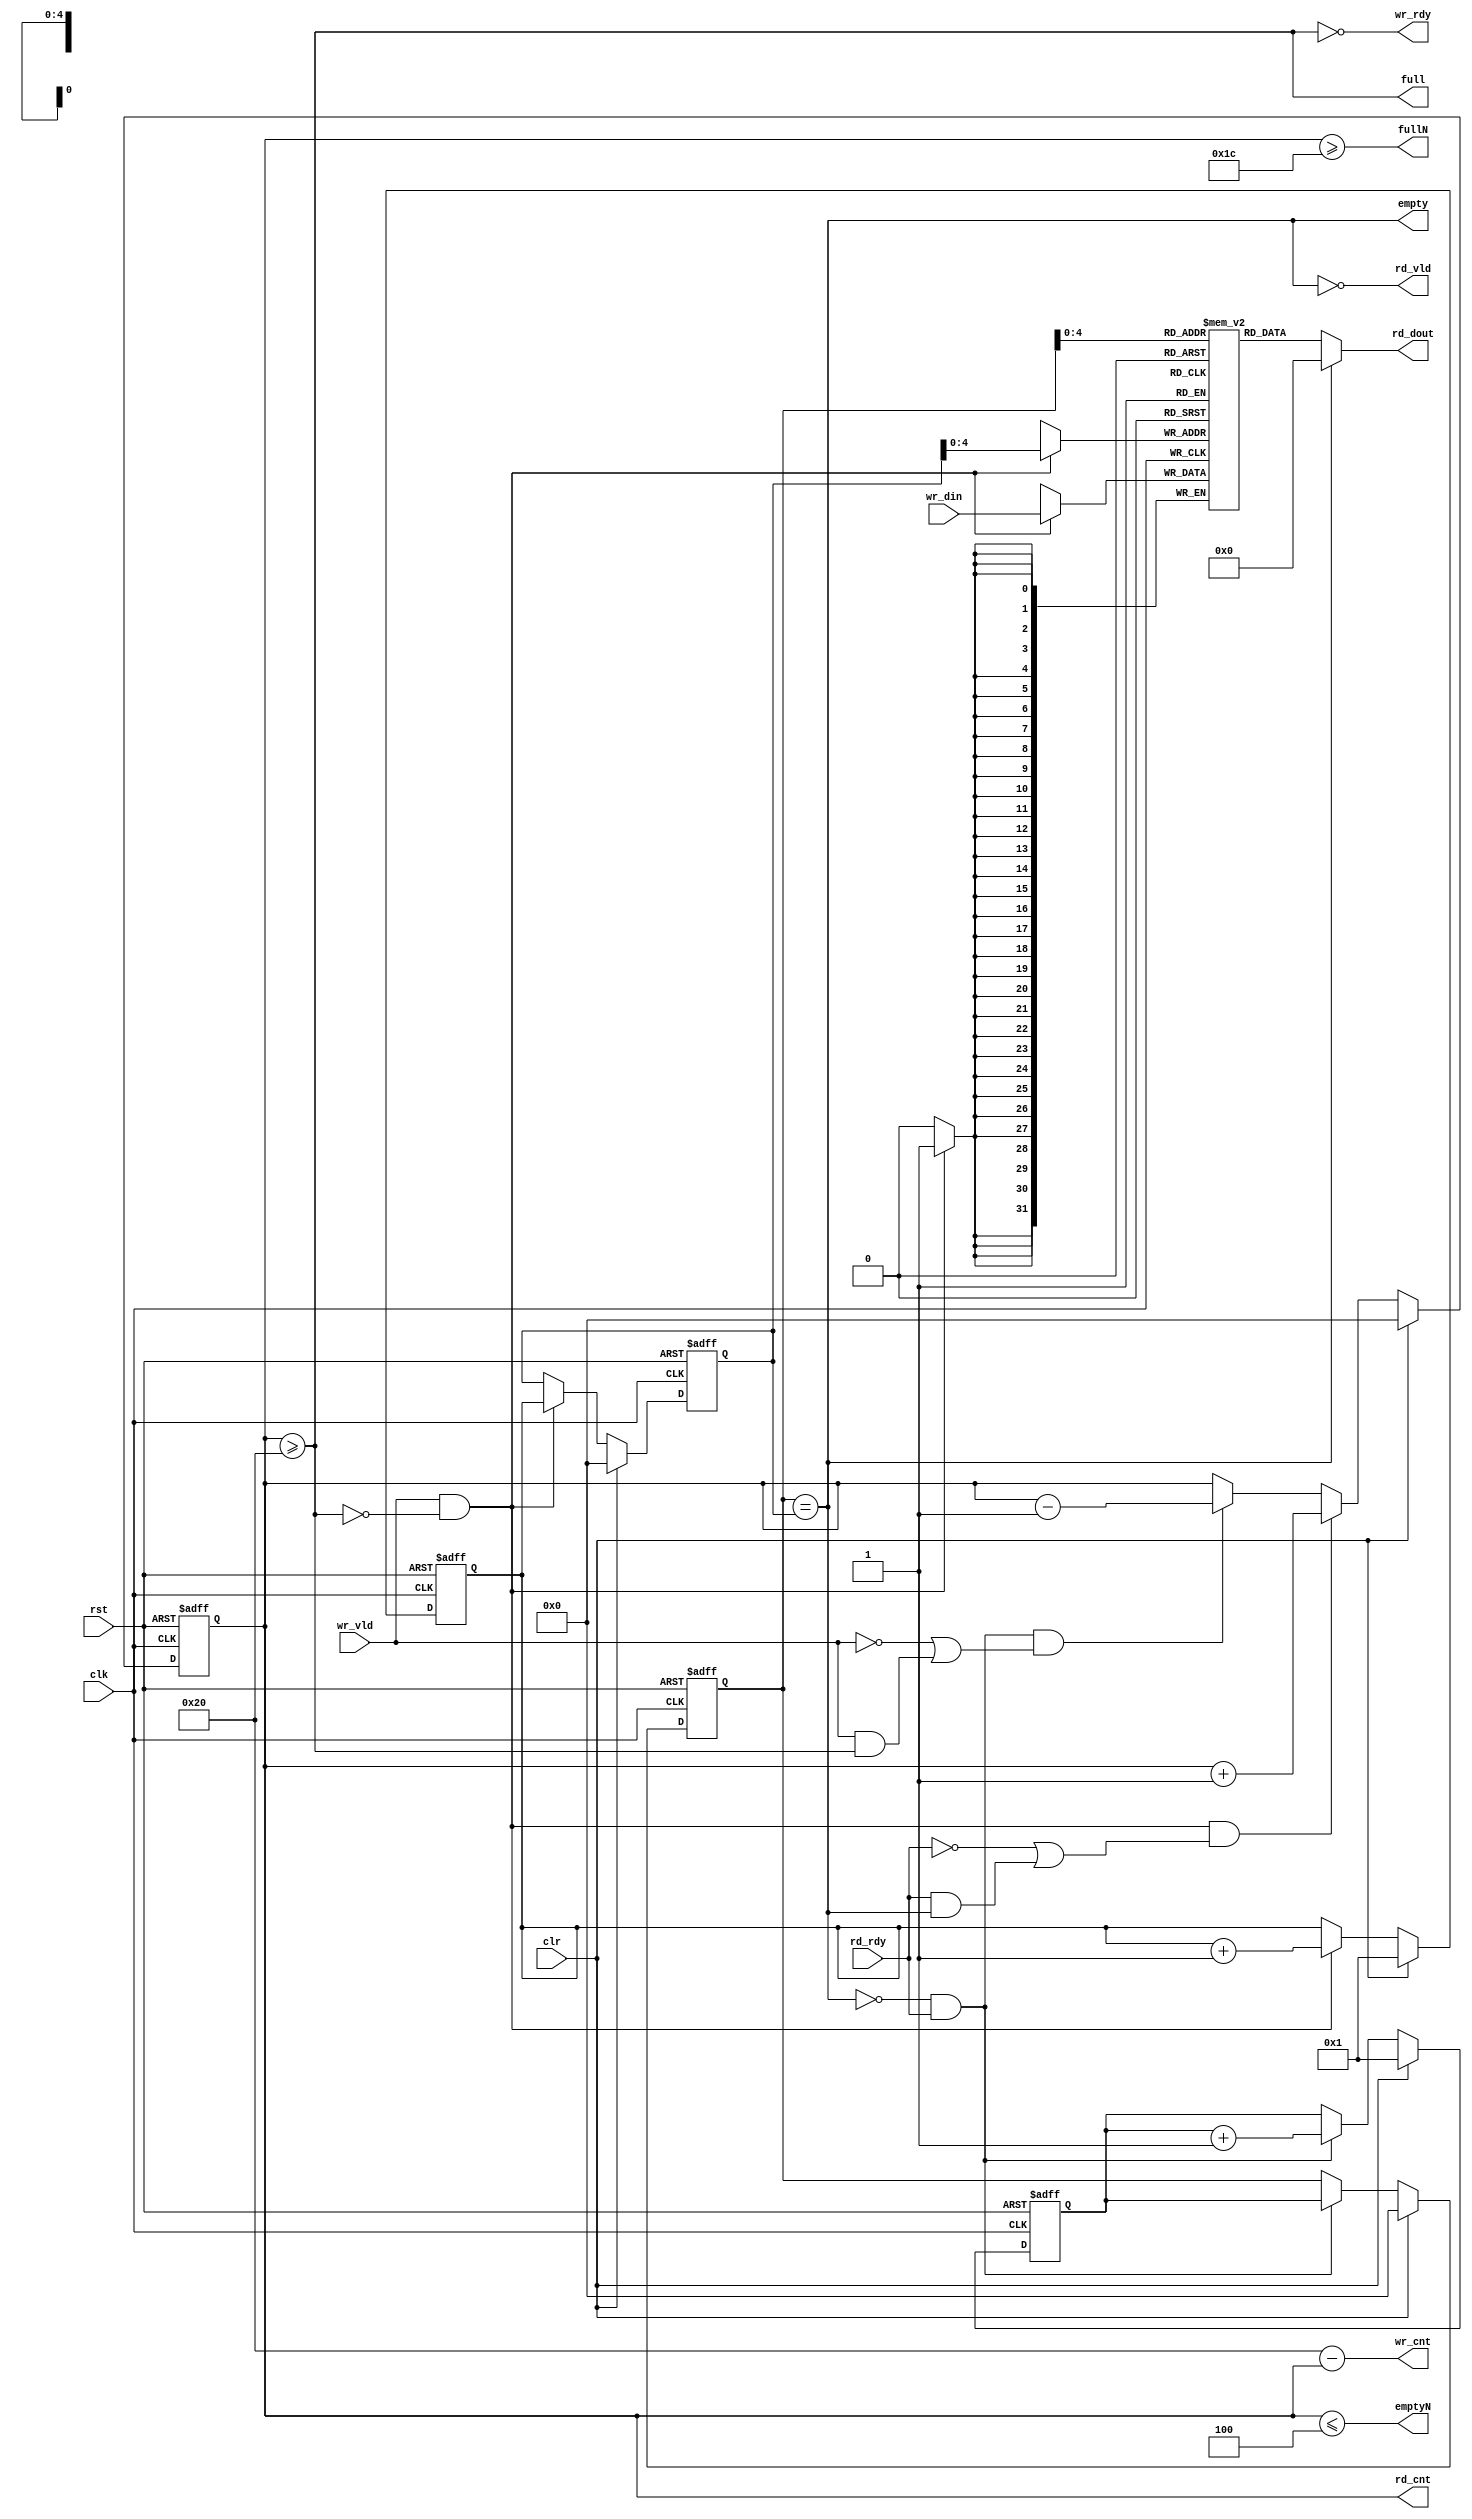
`ifndef AXI_BRIDGE_SYNC_FIFO_V
`define AXI_BRIDGE_SYNC_FIFO_V
//----------------------------------------------------------------
//  Copyright (c) by Ando Ki.
//  All right reserved.
//----------------------------------------------------------------
// axi_bridge_sync_fifo.v
//----------------------------------------------------------------
// Synchronous FIFO
//----------------------------------------------------------------
// VERSION: 2010.12.13.
//----------------------------------------------------------------
// MACROS and PARAMETERS
//     XILINX_DPRAM: define this for Xilinx BRAM
//     DONGBU_018_DPRAM: define this for Dongbu 0.18n
//----------------------------------------------------------------
// Features
//    * ready-valid handshake protocol
//    * lookahead full and empty -- see fullN and emptyN
//    * First-Word Fall-Through, but rd_vld indicates its validity
//----------------------------------------------------------------
//    * data moves when both ready(rdy) and valid(vld) is high.
//    * ready(rdy) means the receiver is ready to accept data.
//    * valid(vld) means the data is valid on 'data'.
//----------------------------------------------------------------
//
//               ___   _____   _____   _____   ____
//   clk           |___|   |___|   |___|   |___|
//               _______________________________
//   wr_rdy     
//                     _________________
//   wr_vld      ______|       ||      |___________  
//                      _______  ______
//   wr_din      XXXXXXX__D0___XX__D1__XXXX
//               ______________                        ____
//   empty                     |_______________________|
//                                     _________________
//   rd_rdy      ______________________|               |___
//                                     ________________
//   rd_vld      ______________________|       ||      |___
//                                      ________ _______
//   rd_dout     XXXXXXXXXXXXXXXXXXXXXXX__D0____X__D1___XXXX
//
//   full        __________________________________________
//
//----------------------------------------------------------------
`timescale 1ns/1ns

module axi_bridge_sync_fifo
       #(parameter FDW =32,  // fifof data width
                   FAW =5,  // num of entries in 2 to the power FAW
                   FULN=4)  // lookahead-full
(
       input   wire           rst // asynchronous reset (active high)
     , input   wire           clr // synchronous reset (active high)
     , input   wire           clk
     , output  wire           wr_rdy
     , input   wire           wr_vld
     , input   wire [FDW-1:0] wr_din
     , input   wire           rd_rdy
     , output  wire           rd_vld
     , output  wire [FDW-1:0] rd_dout
     , output  wire           full
     , output  wire           empty
     , output  wire           fullN  // lookahead full
     , output  wire           emptyN // lookahead empty
     , output  reg  [FAW:0]   rd_cnt // num of elements in the FIFO to be read
     , output  wire [FAW:0]   wr_cnt // num of rooms in the FIFO to be written
);
   //---------------------------------------------------
   localparam FDT = 1<<FAW;
   //---------------------------------------------------
   reg  [FAW:0]   fifo_head = 'h0; // where data to be read
   reg  [FAW:0]   fifo_tail = 'h0; // where data to be written
   reg  [FAW:0]   next_tail = 'h1;
   reg  [FAW:0]   next_head = 'h1;
   wire [FAW-1:0] write_addr = fifo_tail[FAW-1:0];
   wire [FAW-1:0] read_addr  = fifo_head[FAW-1:0];
   //---------------------------------------------------
   // accept input
   // push data item into the entry pointed by fifo_tail
   //
   always @(posedge clk or posedge rst) begin
      if (rst==1'b1) begin
          fifo_tail <= 0;
          next_tail <= 1;
      end else if (clr==1'b1) begin
          fifo_tail <= 0;
          next_tail <= 1;
      end else begin
          if (!full && wr_vld) begin
              fifo_tail <= next_tail;
              next_tail <= next_tail + 1;
          end 
      end
   end
   //---------------------------------------------------
   // provide output
   // pop data item from the entry pointed by fifo_head
   //
   always @(posedge clk or posedge rst) begin
      if (rst==1'b1) begin
          fifo_head <= 0;
          next_head <= 1;
      end else if (clr==1'b1) begin
          fifo_head <= 0;
          next_head <= 1;
      end else begin
          if (!empty && rd_rdy) begin
              fifo_head <= next_head;
              next_head <= next_head + 1;
          end
      end
   end
   //---------------------------------------------------
   // how many items in the FIFO
   //
   assign  wr_cnt = FDT-rd_cnt;
   always @(posedge clk or posedge rst) begin
      if (rst==1'b1) begin
         rd_cnt <= 0;
      end else if (clr==1'b1) begin
         rd_cnt <= 0;
      end else begin
         if (wr_vld&&!full&&(!rd_rdy||(rd_rdy&&empty))) begin
             rd_cnt <= rd_cnt + 1;
         end else
         if (rd_rdy&&!empty&&(!wr_vld||(wr_vld&&full))) begin
             rd_cnt <= rd_cnt - 1;
         end
      end
   end
   
   //---------------------------------------------------
   assign rd_vld = ~empty;
   assign wr_rdy = ~full;
   assign empty  = (fifo_head == fifo_tail);
   assign full   = (rd_cnt>=FDT);
   //---------------------------------------------------
   assign fullN  = (rd_cnt>=(FDT-FULN));
   assign emptyN = (rd_cnt<=FULN);
   //---------------------------------------------------
   reg [FDW-1:0] Mem [0:FDT-1];
   assign rd_dout  = (empty) ? {FDW{1'b0}} : Mem[read_addr];
   always @(posedge clk) begin
       if (!full && wr_vld) begin
           Mem[write_addr] <= wr_din;
       end
   end
   //---------------------------------------------------
   // synopsys translate_off
   `ifdef RIGOR
   integer idx;
   initial begin
           for (idx=0; idx<FDT; idx=idx+1) begin
                Mem[idx] = 'hX;
           end
   end
   `endif
   // synopsys translate_on
   //---------------------------------------------------
   // synopsys translate_off
   `ifdef RIGOR
   always @(negedge clk or posedge rst) begin
      if (!rst&&!clr) begin
          if ((rd_cnt==0)&&(!empty))
             $display($time,, "%m: empty flag mis-match: %d", rd_cnt);
          if ((rd_cnt==FDT)&&(!full))
             $display($time,, "%m: full flag mis-match: %d", rd_cnt);
          if (rd_cnt>FDT)
             $display($time,, "%m: fifo handling error: rd_cnt>FDT %d:%d", rd_cnt, FDT);
          if ((rd_cnt+wr_cnt)!=FDT)
             $display($time,, "%m: count mis-match: rd_cnt:wr_cnt %d:%d", rd_cnt, wr_cnt);
      end
   end
   `endif
   // synopsys translate_on
   //---------------------------------------------------
   // synopsys translate_off
  //`ifdef RIGOR
  //initial begin
  //    if (FAW!=5) $display("%m FAW should be 5, but %d", FAW);
  //    if (FDW!=32) $display("%m FDW should be 32, but %d", FDW);
  //end
  //`endif
   // synopsys translate_on
endmodule
//----------------------------------------------------------------
// Revision History
//
// 2010.12.13: 'xilinx_dpram' removed by Ando Ki.
// 2010.08.18: 'dpsram_512x32' added by Ando Ki.
// 2010.08.17: 'xilinx_dpram' added by Ando Ki.
// Sept. 23, 2008: 'clr' (synchronous reset) added [adki]
// May   05, 2008: ready-valid protocol [adki]
// April 18, 2008: tested and passed [adki]
// April 10, 2008: port names changed [adki]
// March 28, 2008: emptyN added [adki]
// Jan.  29, 2008: Starting [adki]
//----------------------------------------------------------------
`endif